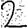
Digit: 2